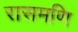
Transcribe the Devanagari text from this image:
रासमणि